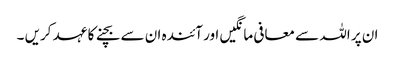
ان پر اللہ سے معافی مانگیں اور آئندہ ان سے بچنے کا عہد کریں ۔